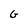
Character: G